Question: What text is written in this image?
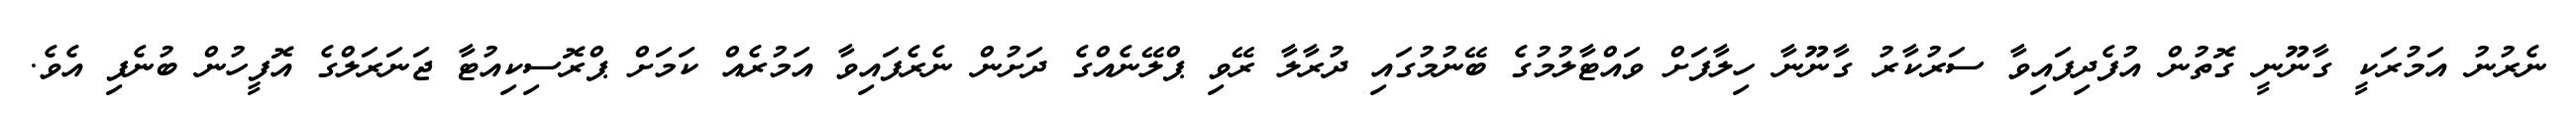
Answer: ނެރުނު އަމުރަކީ ގާނޫނީ ގޮތުން އުފެދިފައިވާ ސަރުކާރު ގާނޫނާ ހިލާފަށް ވައްޓާލުމުގެ ބޭނުމުގައި ދުރާލާ ރޭވި ޕްލޭނެއްގެ ދަށުން ނެރެފައިވާ އަމުރެއް ކަމަށް ޕްރޮސިކިއުޓާ ޖަނަރަލްގެ އޮފީހުން ބުނެފި އެވެ.